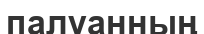
палуанның